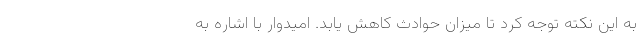
به این نکته توجه کرد تا میزان حوادث کاهش یابد. امیدوار با اشاره به